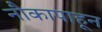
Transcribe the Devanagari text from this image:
नौकापाहून